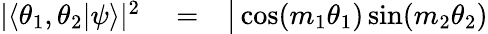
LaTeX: \begin{array}{rlr}{|\langle\theta_{1},\theta_{2}|\psi\rangle|^{2}}&{{}=}&{\big|\cos(m_{1}\theta_{1})\sin(m_{2}\theta_{2})}\end{array}